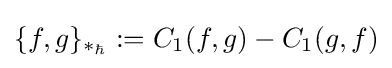
\{f,g\}_{*_{\hbar }}:=C_{1}(f,g)-C_{1}(g,f)